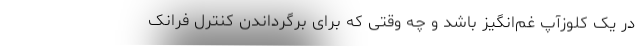
در یک کلوزآپ غم‌انگیز باشد و چه وقتی که برای برگرداندن کنترل فرانک